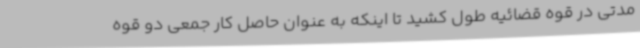
مدتی در قوه قضائیه طول کشید تا اینکه به عنوان حاصل کار جمعی دو قوه